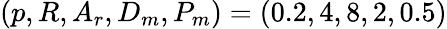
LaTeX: (p,R,A_{r},D_{m},P_{m})=(0.2,4,8,2,0.5)